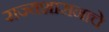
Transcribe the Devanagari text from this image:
राज्यशासनाचे